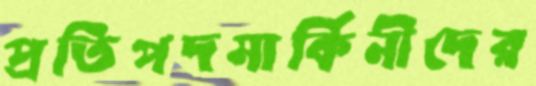
প্রতিপদমার্কিনীদের